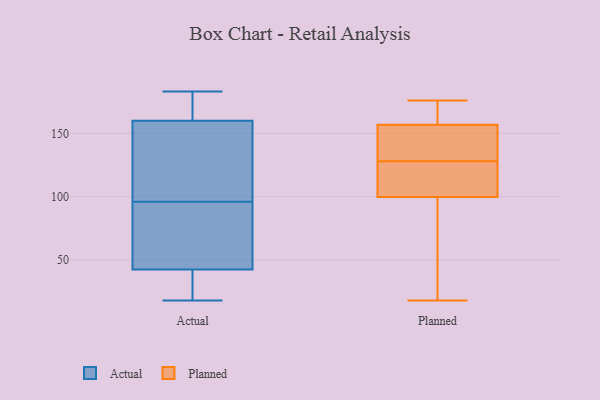
{"axis": {"x": "Active Users", "y": "Value"}, "legend": ["Actual", "Planned"], "data": [{"x": "", "y": 18, "type": "Actual"}, {"x": "", "y": 169, "type": "Actual"}, {"x": "", "y": 119, "type": "Actual"}, {"x": "", "y": 55, "type": "Actual"}, {"x": "", "y": 176, "type": "Actual"}, {"x": "", "y": 157, "type": "Actual"}, {"x": "", "y": 41, "type": "Actual"}, {"x": "", "y": 86, "type": "Actual"}, {"x": "", "y": 124, "type": "Actual"}, {"x": "", "y": 183, "type": "Actual"}, {"x": "", "y": 27, "type": "Actual"}, {"x": "", "y": 96, "type": "Actual"}, {"x": "", "y": 43, "type": "Actual"}, {"x": "", "y": 150, "type": "Planned"}, {"x": "", "y": 128, "type": "Planned"}, {"x": "", "y": 18, "type": "Planned"}, {"x": "", "y": 61, "type": "Planned"}, {"x": "", "y": 121, "type": "Planned"}, {"x": "", "y": 114, "type": "Planned"}, {"x": "", "y": 134, "type": "Planned"}, {"x": "", "y": 169, "type": "Planned"}, {"x": "", "y": 176, "type": "Planned"}, {"x": "", "y": 159, "type": "Planned"}, {"x": "", "y": 95, "type": "Planned"}]}